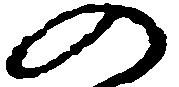
の